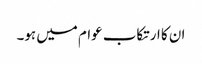
ان کا ارتکاب عوام میں ہو۔